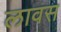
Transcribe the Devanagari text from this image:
लावस